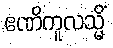
ဧဏိကူလသ္မိံ